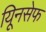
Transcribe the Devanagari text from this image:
यिूनसेफ